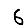
Digit: 6